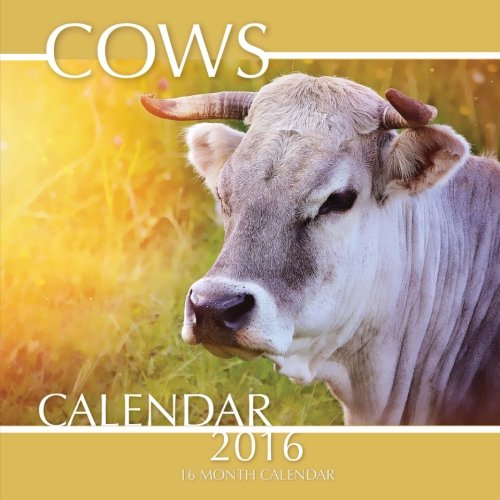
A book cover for Cows Calendar 2016: 16 Month Calendar; Jack Smith; Calendars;